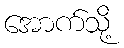
အောက်သို့